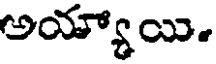
అయ్యాయి.